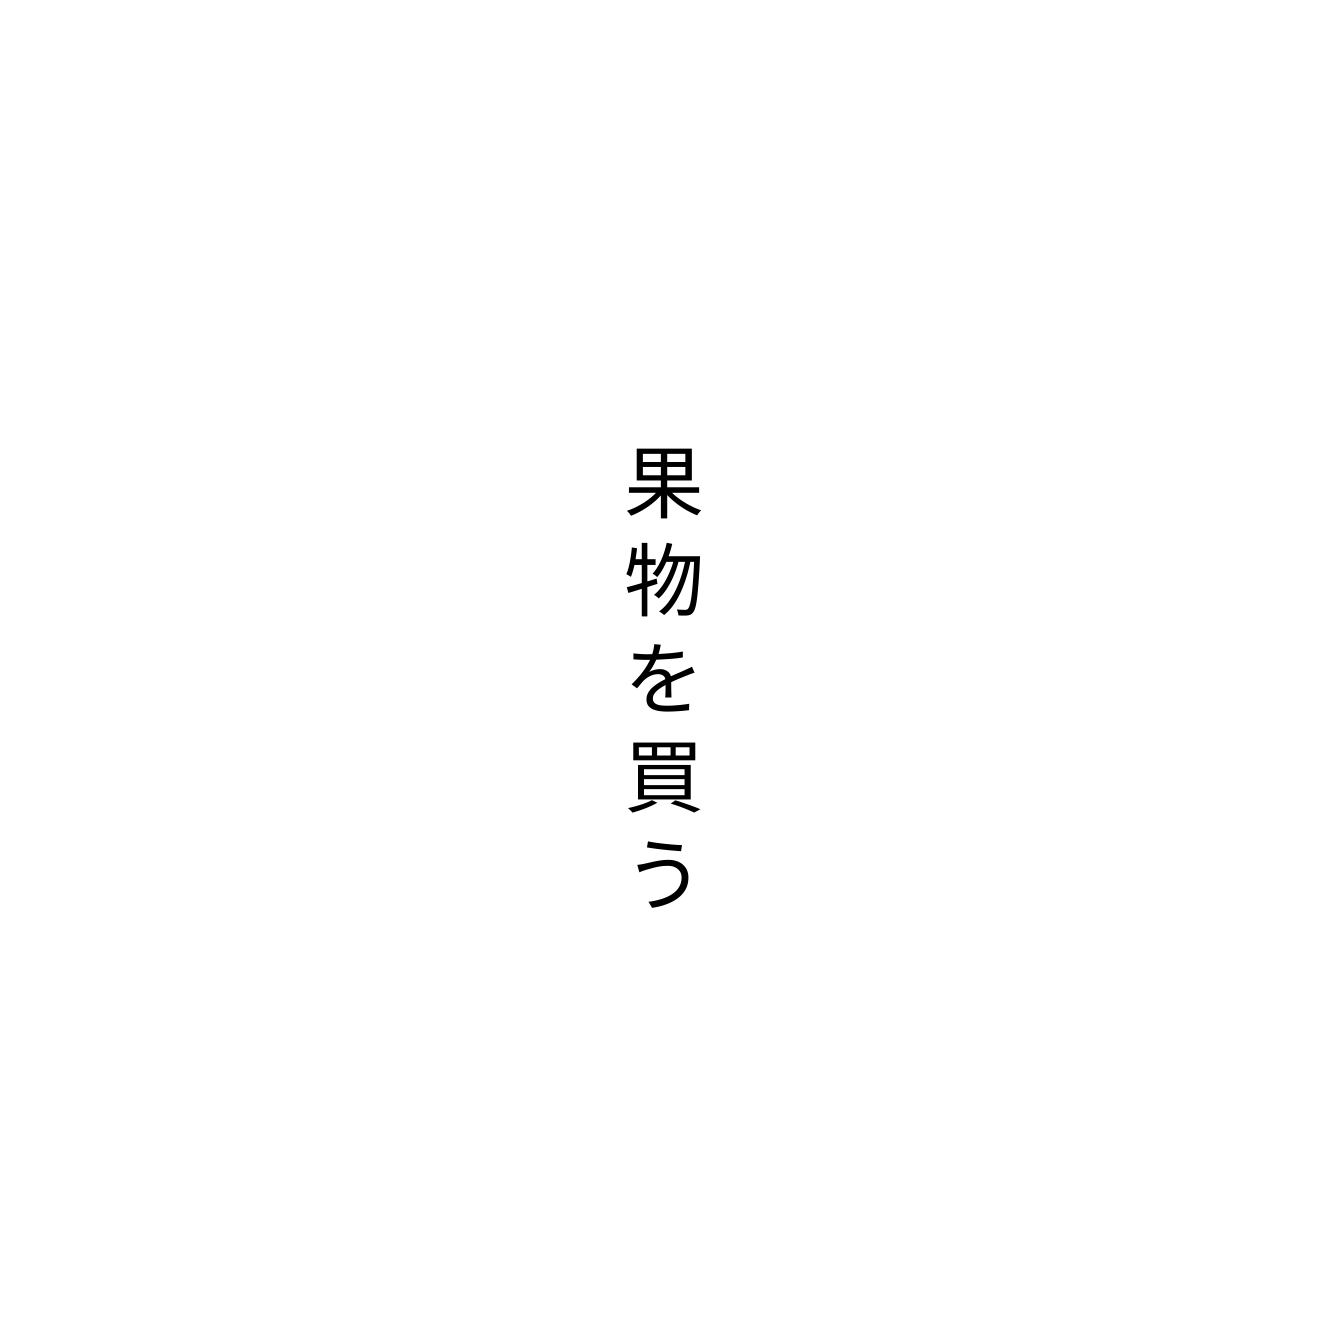
果物を買う